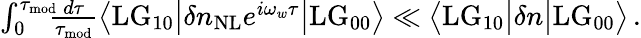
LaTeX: \begin{array}{r}{\int_{0}^{\tau_{\mathrm{mod}}}\! \! \! \frac{d\tau}{\tau_{\mathrm{mod}}}\big\langle\mathrm{LG}_{10}\big|\delta n_{\mathrm{NL}}e^{i\omega_{w}\tau}\big|\mathrm{LG}_{00}\big\rangle\ll\big\langle\mathrm{LG}_{10}\big|\delta n\big|\mathrm{LG}_{00}\big\rangle\, .}\end{array}